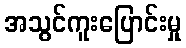
အသွင်ကူးပြောင်းမှု